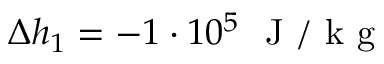
\Delta h _ { 1 } = - 1 \cdot 1 0 ^ { 5 } ~ \mathrm { ~ J ~ / ~ k ~ g ~ }